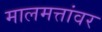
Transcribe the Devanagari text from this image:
मालमत्तांवर